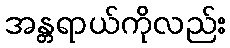
အန္တရာယ်ကိုလည်း